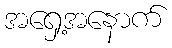
အရှေ့အနောက်